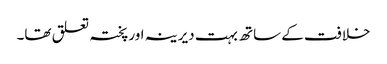
خلافت کے ساتھ بہت دیرینہ اور پختہ تعلق تھا۔